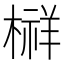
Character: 𰘔